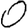
Digit: 0